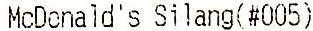
MCDONALD'S SILANG(#005)